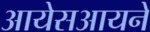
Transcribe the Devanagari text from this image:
आयेसआयने